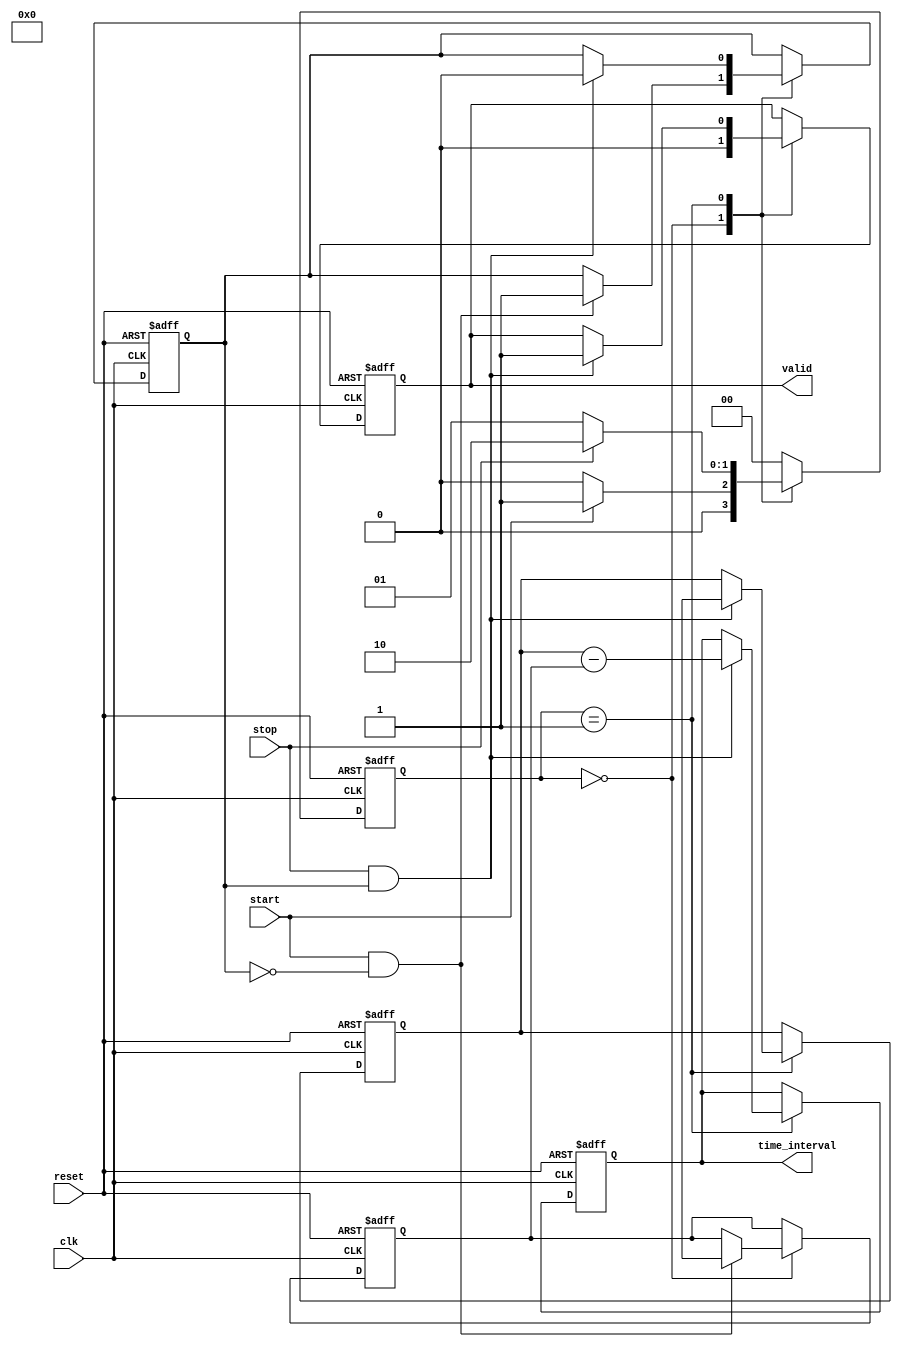
module TDC (
    input wire clk,         // High-frequency clock
    input wire reset,       // Reset signal
    input wire start,       // Start signal
    input wire stop,        // Stop signal
    output reg [31:0] time_interval, // Output time interval in clock cycles
    output reg valid        // Output valid signal
);

    // Memory for storing timestamps
    reg [31:0] start_timestamp;
    reg [31:0] stop_timestamp;
    reg measuring;

    // State machine states
    parameter IDLE = 2'b00,
              MEASURE = 2'b01,
              DONE = 2'b10;

    reg [1:0] state, next_state;

    // State machine for control logic
    always @(posedge clk or posedge reset) begin
        if (reset) begin
            state <= IDLE;
        end else begin
            state <= next_state;
        end
    end

    // Next state logic
    always @(*) begin
        case (state)
            IDLE: begin
                if (start) begin
                    next_state = MEASURE;
                end else begin
                    next_state = IDLE;
                end
            end
            MEASURE: begin
                if (stop) begin
                    next_state = DONE;
                end else begin
                    next_state = MEASURE;
                end
            end
            DONE: begin
                next_state = IDLE; // Return to IDLE after processing
            end
            default: next_state = IDLE;
        endcase
    end

    // Timestamp recording and interval calculation
    always @(posedge clk or posedge reset) begin
        if (reset) begin
            start_timestamp <= 32'd0;
            stop_timestamp <= 32'd0;
            time_interval <= 32'd0;
            valid <= 1'b0;
            measuring <= 1'b0;
        end else begin
            case (state)
                IDLE: begin
                    valid <= 1'b0; // Reset valid flag
                    if (start && !measuring) begin
                        start_timestamp <= $time; // Record start timestamp
                        measuring <= 1'b1;
                    end
                end
                MEASURE: begin
                    if (stop && measuring) begin
                        stop_timestamp <= $time; // Record stop timestamp
                        time_interval <= stop_timestamp - start_timestamp; // Calculate interval
                        valid <= 1'b1; // Indicate valid output
                        measuring <= 1'b0; // End measuring
                    end
                end
                DONE: begin
                    // Already handled in MEASURE state
                end
            endcase
        end
    end

endmodule